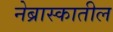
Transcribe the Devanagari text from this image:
नेब्रास्कातील